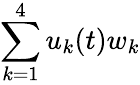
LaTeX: \sum_{k=1}^{4}u_{k}(t)w_{k}